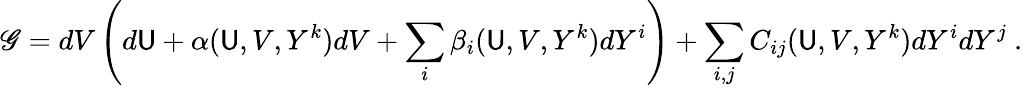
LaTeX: \mathscr{G}=dV\left(d\mathsf{U}+\alpha(\mathsf{U},V,Y^{k})dV+\sum_{i}\beta_{i}(\mathsf{U},V,Y^{k})dY^{i}\right)+\sum_{i,j}C_{ij}(\mathsf{U},V,Y^{k})dY^{i}dY^{j}~.